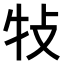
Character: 𤘴